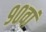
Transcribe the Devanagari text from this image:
९०वां